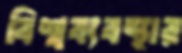
বিশ্বব্যবস্থার